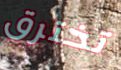
تخترق